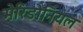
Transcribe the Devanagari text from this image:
मेरिडोनियल